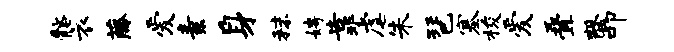
髂衣藤爱素身秣娉靠虐朱琶塞梭爱叠罄叩